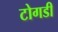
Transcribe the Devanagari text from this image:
टोगडी